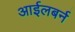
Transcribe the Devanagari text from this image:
आईलबर्न